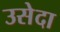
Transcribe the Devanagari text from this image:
उसेदा